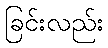
ခြင်းလည်း